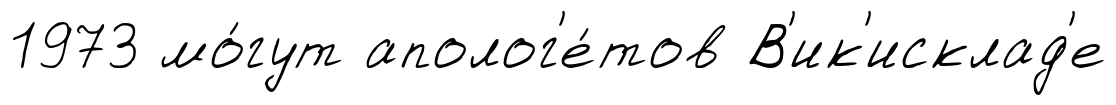
1973 мо́гут аполог'е́тов В'ик'исклад'е